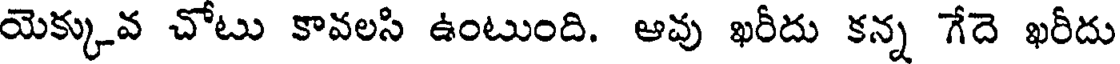
యెక్కువ చోటు కావలసి ఉంటుంది. ఆవు ఖరీదు కన్న గేదె ఖరీదు